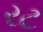
રટ